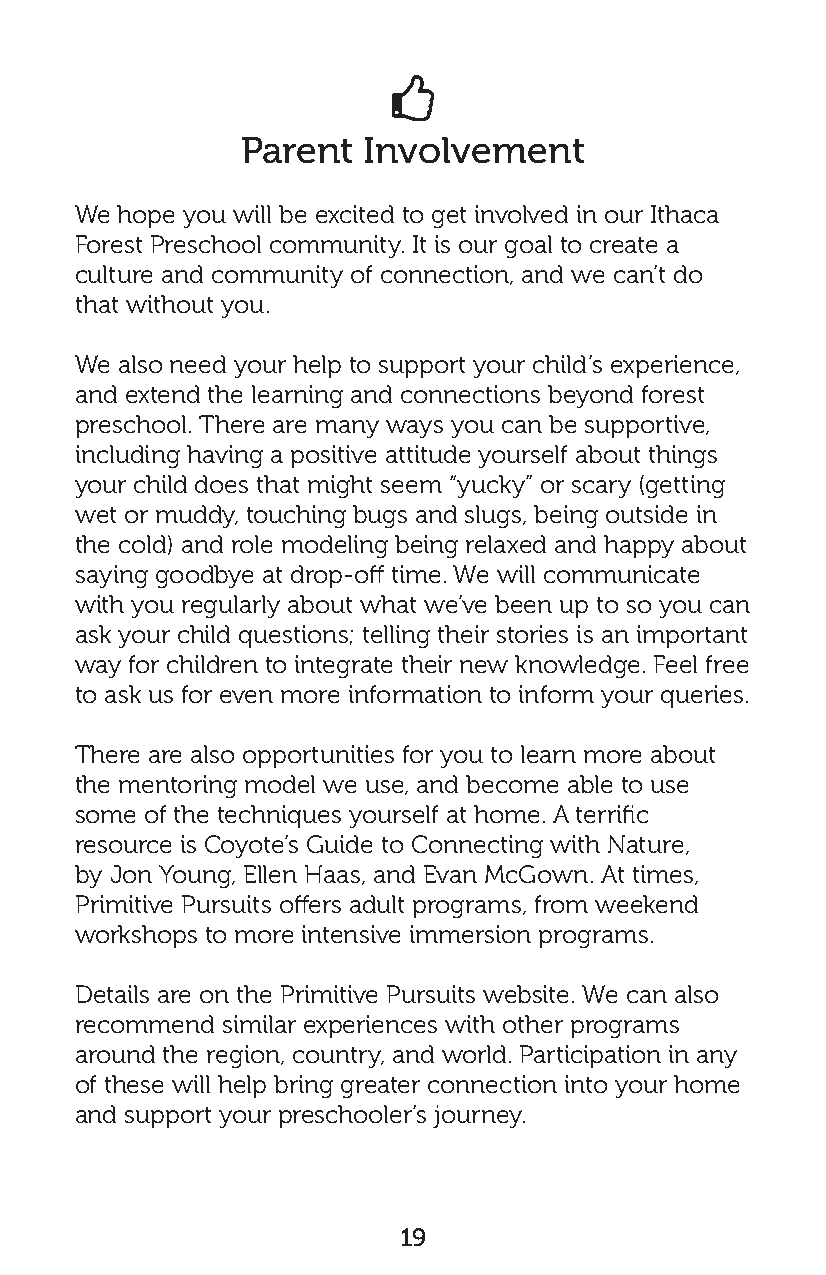

 Parent  Involvement
 We hope you will be excited to get involved in our Ithaca
 Forest Preschool community. It is our goal to create a
 culture and community of connection, and we can’t do
 that without you.
 We also need your help to support your child’s experience,
 and extend the learning and connections beyond forest
 preschool. There are many ways you can be supportive,
 including having a positive attitude yourself about things
 your child does that might seem “yucky” or scary (getting
 wet or muddy, touching bugs and slugs, being outside in
 the cold) and role modeling being relaxed and happy about
 saying goodbye at drop-off time. We will communicate
 with you regularly about what we’ve been up to so you can
 ask your child questions; telling their stories is an important
 way for children to integrate their new knowledge. Feel free
 to ask us for even more information to inform your queries.
 There are also opportunities for you to learn more about
 the mentoring model we use, and become able to use
 some of the techniques yourself at home. A terrific
 resource is Coyote’s Guide to Connecting with Nature,
 by Jon Young, Ellen Haas, and Evan McGown. At times,
 Primitive Pursuits offers adult programs, from weekend
 workshops to more intensive immersion programs.
 Details are on the Primitive Pursuits website. We can also
 recommend similar experiences with other programs
 around the region, country, and world. Participation in any
 of these will help bring greater connection into your home
 and support your preschooler’s journey.
 19